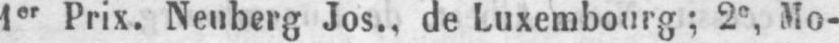
1er Prix. Neuberg Jos., de Luxembourg; 2e, Mo-